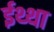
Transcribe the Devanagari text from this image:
ईथ्था